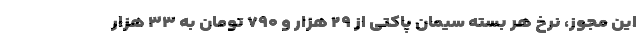
این مجوز، نرخ هر بسته سیمان پاکتی از ۲۹ هزار و ۷۹۰ تومان به ۳۳ هزار